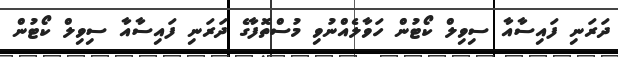
ދަރަނި ފައިސާއާ ސިވިލް ކޯޓުން ހަވާލެއްނުވި މުސްތޮފާގެ ދަރަނި ފައިސާއާ ސިވިލް ކޯޓުން